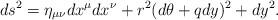
LaTeX: \begin{align*}ds^2 = \eta_{\mu\nu}dx^\mu dx^\nu + r^2(d\theta+qdy)^2+dy^2. \end{align*}